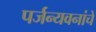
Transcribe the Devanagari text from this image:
पर्जन्यवनांचे